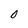
Character: 0